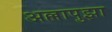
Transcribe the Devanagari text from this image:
अल्लापुझा